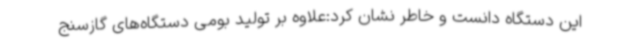
این دستگاه دانست و خاطر نشان کرد:علاوه بر تولید بومی دستگاه‌های گازسنج